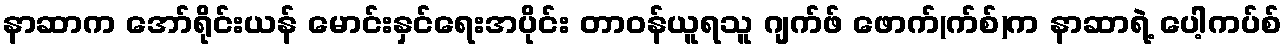
နာဆာက အော်ရိုင်းယန် မောင်းနှင်ရေးအပိုင်း တာဝန်ယူရသူ ဂျက်ဖ် ဖောက်(က်စ်)က နာဆာရဲ့ ပေါ့ကပ်စ်